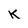
Character: K